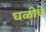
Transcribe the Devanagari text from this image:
घळीचे